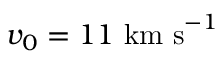
v _ { 0 } = 1 1 ~ \mathrm { k m ~ s } ^ { - 1 }